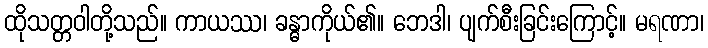
ထိုသတ္တဝါတို့သည်။ ကာယဿ၊ ခန္ဓာကိုယ်၏။ ဘေဒါ၊ ပျက်စီးခြင်းကြောင့်။ မရဏာ၊